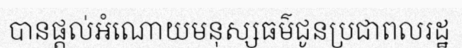
បានផ្តល់អំណោយមនុស្សធម៌ជូនប្រជាពលរដ្ឋ